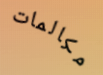
مكالمات